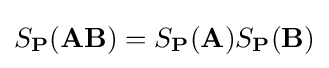
S_{\mathbf {P} }(\mathbf {AB} )=S_{\mathbf {P} }(\mathbf {A} )S_{\mathbf {P} }(\mathbf {B} )